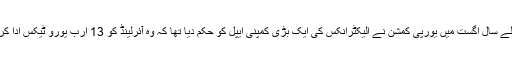
پچھلے سال اگست میں یورپی کمشن نے الیکٹرانکس کی ایک بڑی کمپنی ایپل کو حکم دیا تھا کہ وہ آئرلینڈ کو 13 ارب یورو ٹیکس ادا کرے۔